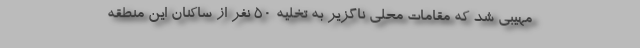
مهیبی شد که مقامات محلی ناگزیر به تخلیه ۵۰ نفر از ساکنان این منطقه